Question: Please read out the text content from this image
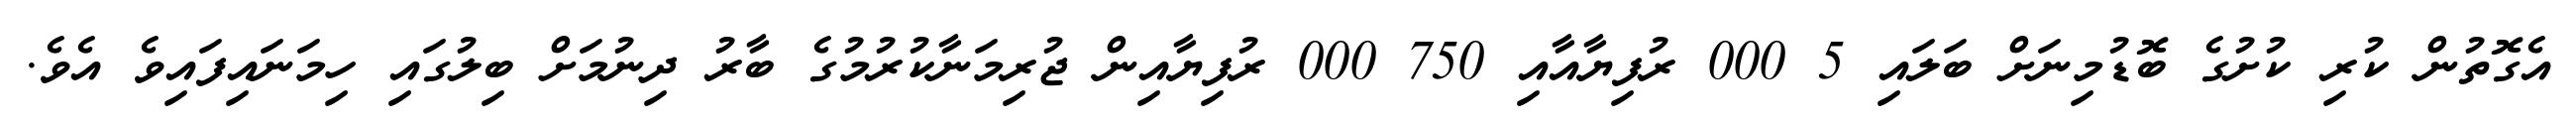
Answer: އެގޮތުން ކުރި ކުށުގެ ބޮޑުމިނަށް ބަލައި 5 000 ރުފިޔާއާއި 750 000 ރުފިޔާއިން ޖުރިމަނާކުރުމުގެ ބާރު ދިނުމަށް ބިލުގައި ހިމަނައިފައިވެ އެވެ.